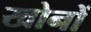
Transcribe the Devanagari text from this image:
खोनों